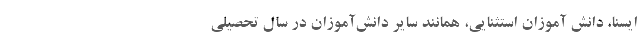
ایسنا، دانش آموزان استثنایی، همانند سایر دانش‌آموزان در سال تحصیلی